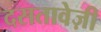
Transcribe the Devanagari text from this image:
दसतावेज़ी